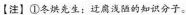
【注】①冬烘先生；迂腐浅陋的知识分子。